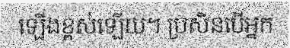
ឡើងខ្ពស់ឡើយ។ ប្រសិនបើអ្នក